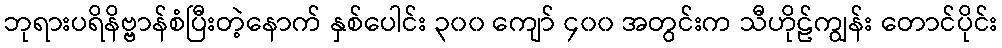
ဘုရားပရိနိဗ္ဗာန်စံပြီးတဲ့နောက် နှစ်ပေါင်း ၃၀၀ ကျော် ၄၀၀ အတွင်းက သီဟိုဠ်ကျွန်း တောင်ပိုင်း